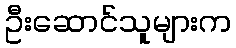
ဦးဆောင်သူများက